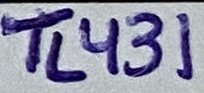
Text: TL431